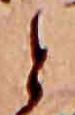
と